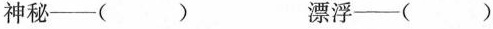
神秘—() 漂浮—()